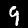
Digit: 9